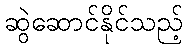
ဆွဲဆောင်နိုင်သည့်